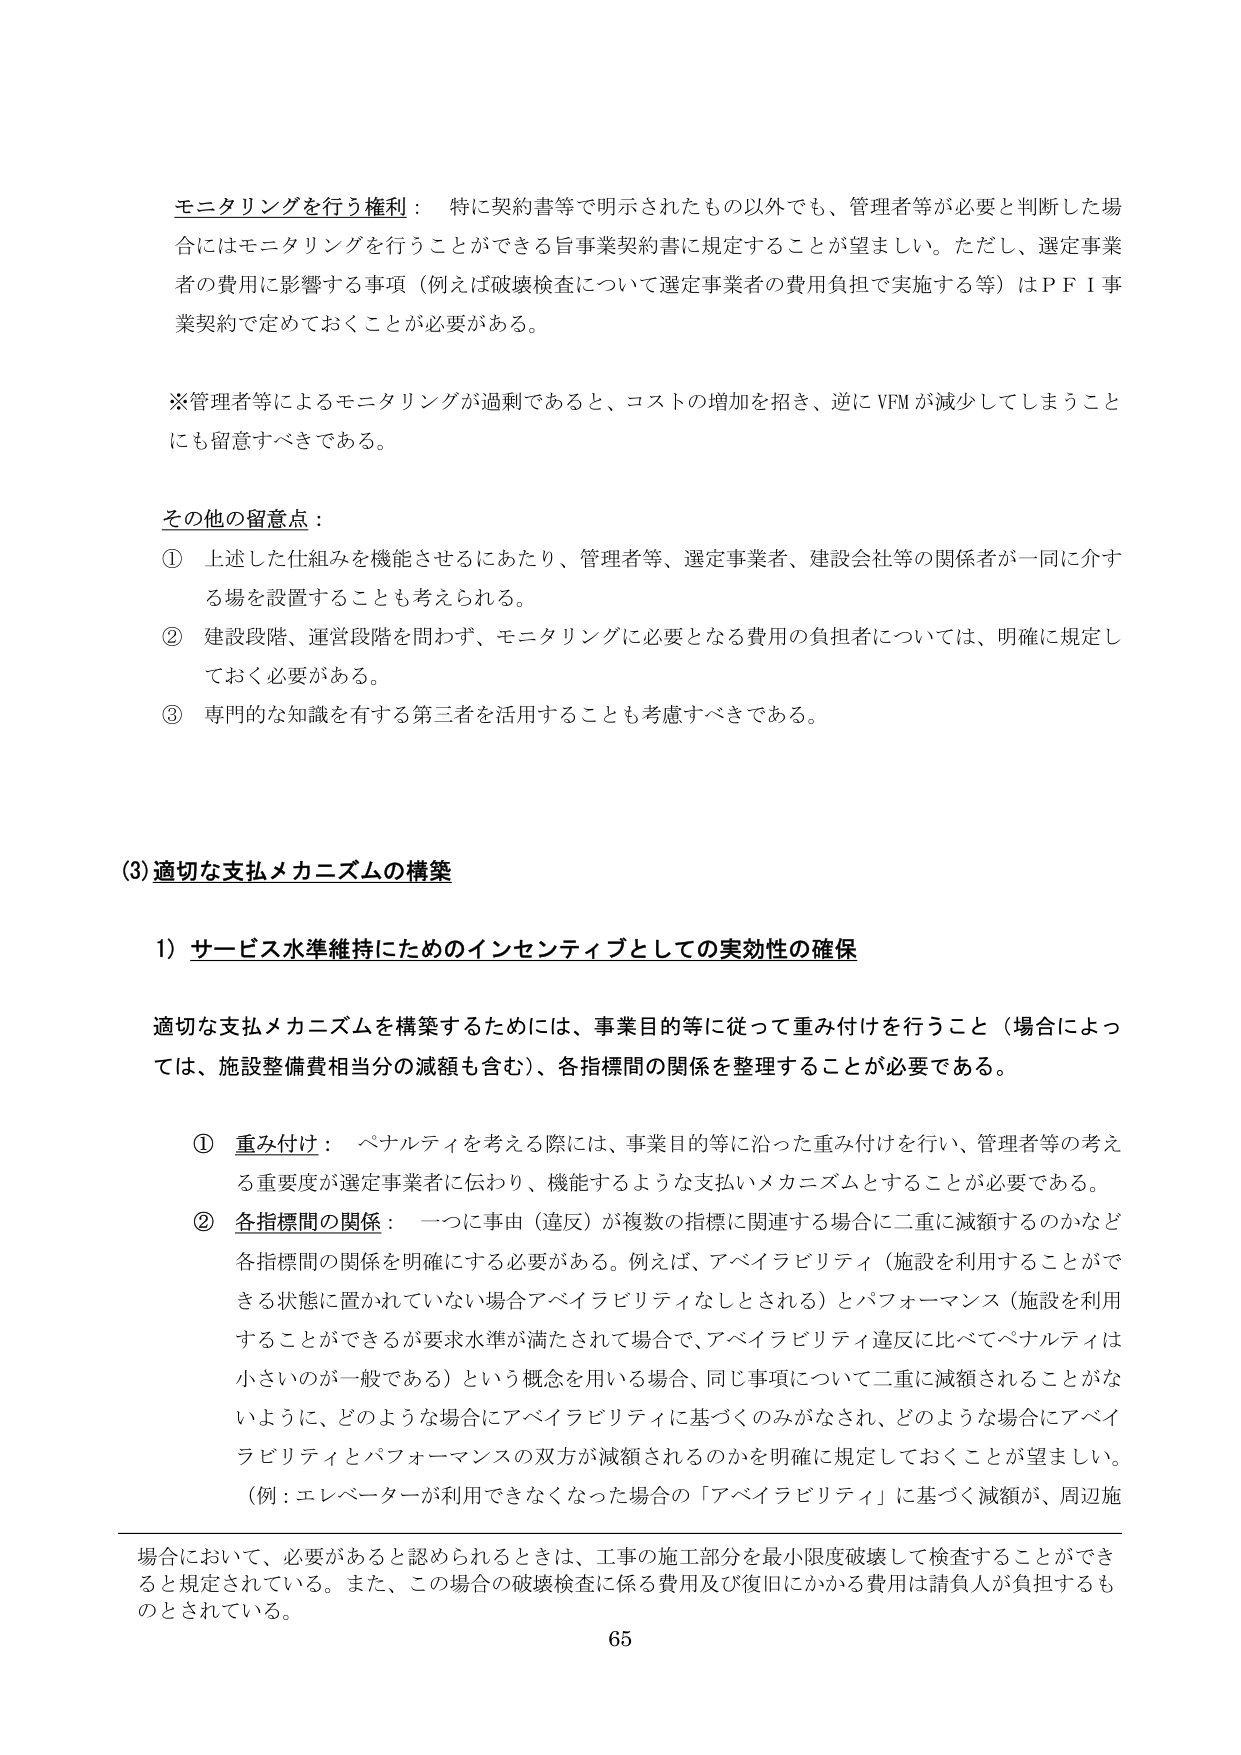
モニタリングを行う権利： 特に契約書等で明示されたもの以外でも、管理者等が必要と判断した場合にはモニタリングを行うことができる旨事業契約書に規定することが望ましい。ただし、選定事業者の費用に影響する事項（例えば破壊検査について選定事業者の費用負担で実施する等）はＰＦＩ事業契約で定めておくことが必要がある。

※管理者等によるモニタリングが過剰であると、コストの増加を招き、逆にVFMが減少してしまうことにも留意すべきである。

その他の留意点：

① 上述した仕組みを機能させるにあたり、管理者等、選定事業者、建設会社等の関係者が一同に介する場を設置することも考えられる。

② 建設段階、運営段階を問わず、モニタリングに必要となる費用の負担者については、明確に規定しておく必要がある。

③ 専門的な知識を有する第三者を活用することも考慮すべきである。

(3) 適切な支払メカニズムの構築

1) サービス水準維持にためのインセンティブとしての実効性の確保

適切な支払メカニズムを構築するためには、事業目的等に従って重み付けを行うこと（場合によっては、施設整備費相当分の減額も含む）、各指標間の関係を整理することが必要である。

① 重み付け： ペナルティを考える際には、事業目的等に沿った重み付けを行い、管理者等の考える重要度が選定事業者に伝わり、機能するような支払いメカニズムとすることが必要である。

② 各指標間の関係： 一つに事由（違反）が複数の指標に関連する場合に二重に減額するのかなど各指標間の関係を明確にする必要がある。例えば、アベイラビリティ（施設を利用することができる状態に置かれていない場合アベイラビリティなしとされる）とパフォーマンス（施設を利用することができるが要求水準が満たされて場合で、アベイラビリティ違反に比べてペナルティは小さいのが一般である）という概念を用いる場合、同じ事項について二重に減額されることがないように、どのような場合にアベイラビリティに基づくのみがなされ、どのような場合にアベイラビリティとパフォーマンスの双方が減額されるのかを明確に規定しておくことが望ましい。

（例：エレベーターが利用できなくなった場合の「アベイラビリティ」に基づく減額が、周辺施

場合において、必要があると認められるときは、工事の施工部分を最小限度破壊して検査することができる規定されている。また、この場合の破壊検査に係る費用及び復旧にかかる費用は請負人が負担するものとされている。

65